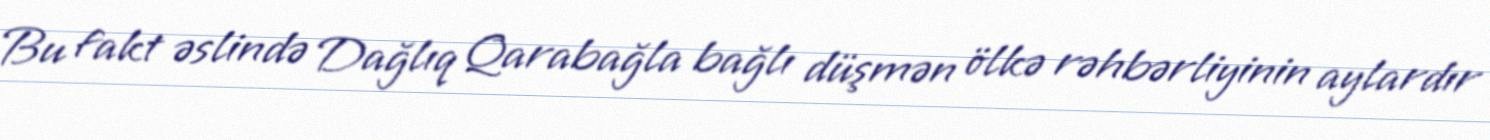
Bu fakt əslində Dağlıq Qarabağla bağlı düşmən ölkə rəhbərliyinin aylardır